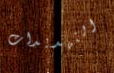
التهديدات